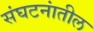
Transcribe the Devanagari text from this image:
संघटनांतील